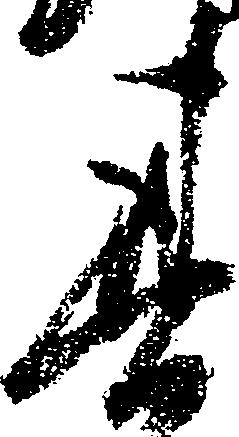
其